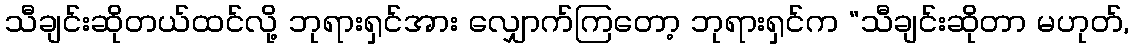
သီချင်းဆိုတယ်ထင်လို့ ဘုရားရှင်အား လျှောက်ကြတော့ ဘုရားရှင်က “သီချင်းဆိုတာ မဟုတ်,